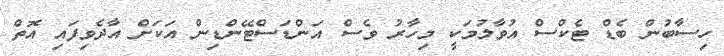
ހިސާބުން ބެޑް ޓެކްސް އުވާލުމަކީ މިހާރު ވެސް އަންޑަސްޓޭންޑިން އަކަށް އާދެވިފައި އޮތް